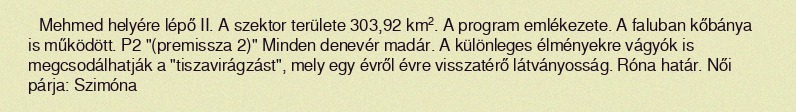
Mehmed helyére lépő II. A szektor területe 303,92 km². A program emlékezete. A faluban kőbánya is működött. P2 "(premissza 2)" Minden denevér madár. A különleges élményekre vágyók is megcsodálhatják a "tiszavirágzást", mely egy évről évre visszatérő látványosság. Róna határ. Női párja: Szimóna